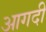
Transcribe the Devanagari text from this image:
आगदी